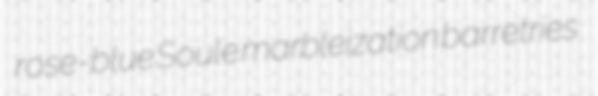
rose-blue Soule marbleization barretries